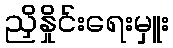
ညှိနှိုင်းရေးမှူး